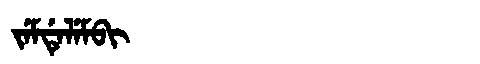
Manchu: ᠵᡝᠮᡩᡝᠯᡝᠮᠪᡳ
Romanization: JEMDELEMBI